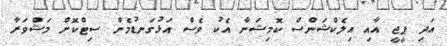
އަދި ޕީޖީ އާއި އިލެކްޝަންސް ކޮމިޝަނާ އެކު ވެސް އަޅުގަނޑުމެން ސިޓްކޮށް މަޝްވަރާ